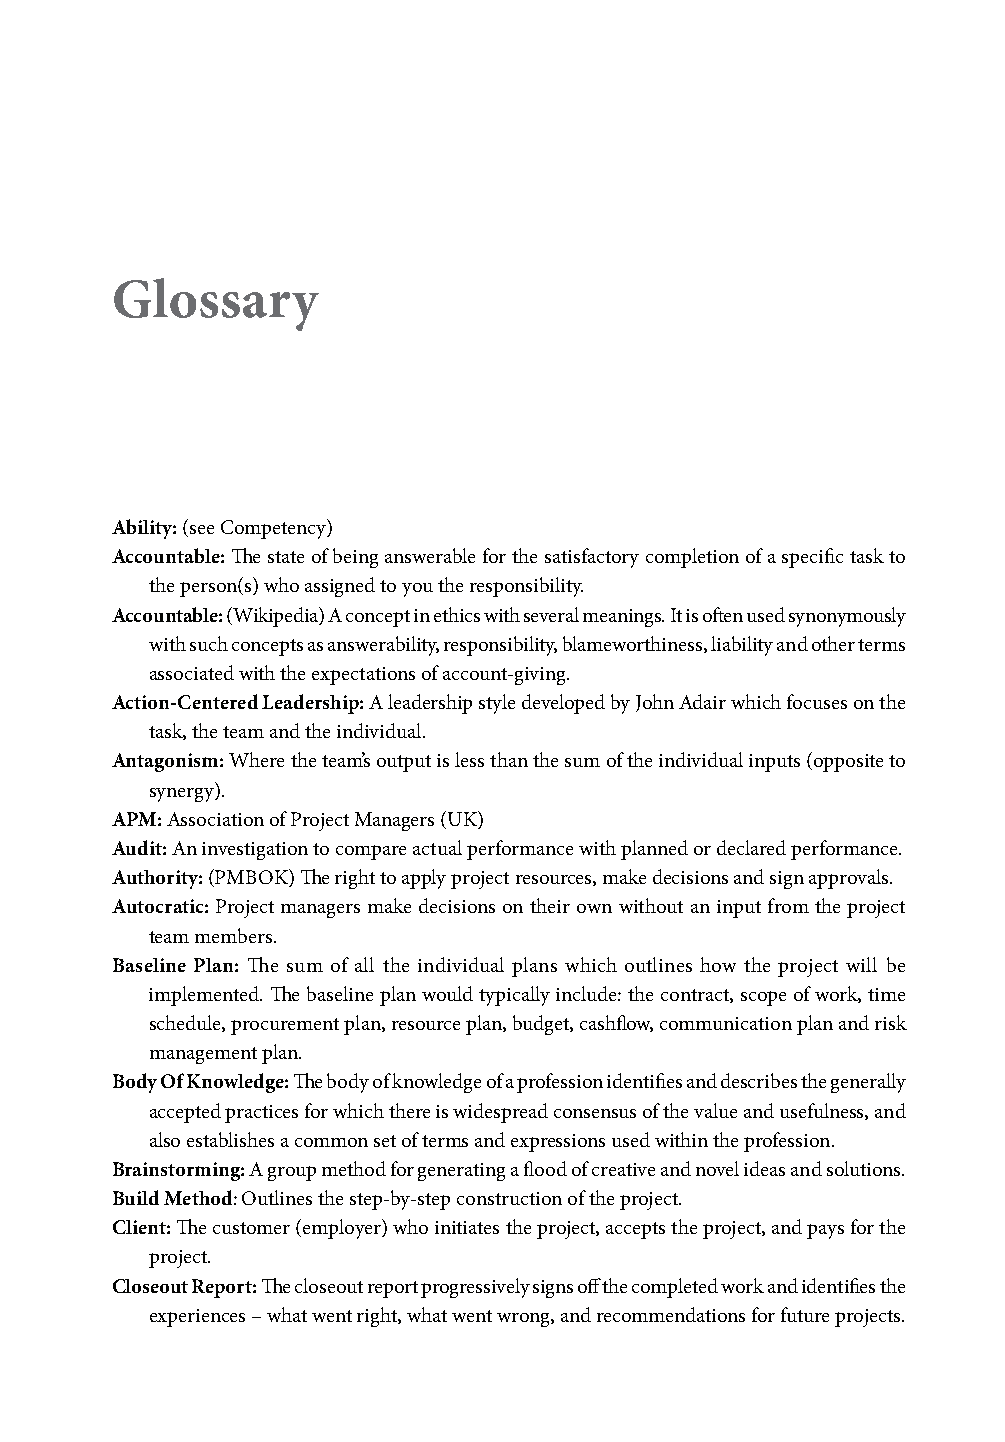
Glossary
 Ability: (see Competency)
 Accountable: Th e state of being answerable for the satisfactory completion of a specifi c task to
 the person(s) who assigned to you the responsibility.
 Accountable: (Wikipedia) A concept in ethics with several meanings. It is oft en used synonymously
 with such concepts as answerability, responsibility, blameworthiness, liability and other terms
 associated with the expectations of account-giving.
 Action-Centered Leadership: A leadership style developed by John Adair which focuses on the
 task, the team and the individual.
 Antagonism: Where the team’s output is less than the sum of the individual inputs (opposite to
 synergy).
 APM: Association of Project Managers (UK)
 Audit: An investigation to compare actual performance with planned or declared performance.
 Authority: (PMBOK) Th e right to apply project resources, make decisions and sign approvals.
 Autocratic: Project managers make decisions on their own without an input from the project
 team members.
 Baseline Plan: Th e sum of all the individual plans which outlines how the project will be
 implemented. Th e baseline plan would typically include: the contract, scope of work, time
 schedule, procurement plan, resource plan, budget, cashfl ow, communication plan and risk
 management plan.
 Body Of Knowledge: Th e body of knowledge of a profession identifi es and describes the generally
 accepted practices for which there is widespread consensus of the value and usefulness, and
 also establishes a common set of terms and expressions used within the profession.
 Brainstorming: A group method for generating a fl ood of creative and novel ideas and solutions.
 Build Method: Outlines the step-by-step construction of the project.
 Client: Th e customer (employer) who initiates the project, accepts the project, and pays for the
 project.
 Closeout Report: Th e closeout report progressively signs off the completed work and identifi es the
 experiences – what went right, what went wrong, and recommendations for future projects.